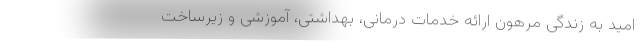
امید به زندگی مرهون ارائه خدمات درمانی، بهداشتی، آموزشی و زیرساخت